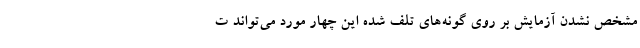
مشخص نشدن آزمایش بر روی گونه‌های تلف شده این چهار مورد می‌تواند ت